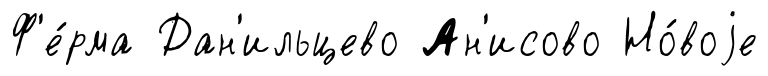
Ф'е́рма Дан'ильцево Ан'исово Но́воjе